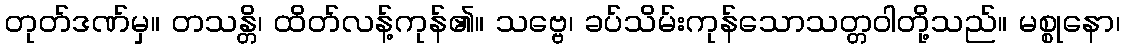
တုတ်ဒဏ်မှ။ တသန္တိ၊ ထိတ်လန့်ကုန်၏။ သဗ္ဗေ၊ ခပ်သိမ်းကုန်သောသတ္တဝါတို့သည်။ မစ္စုနော၊